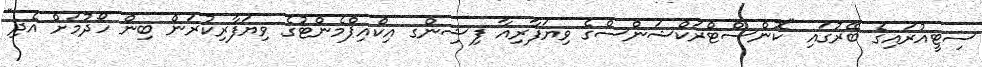
ސިޓީއުރައިގެ ބޭރުގައި "ކޮންސްޓްރަކްޝަންސްގެ ވިޔަފާރިއާ ފިޝިންގ އިކްއިޕްމެންޓުގެ ވިޔަފާރިކުރަން ބިން ހޯދުމަށް އެދި"